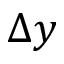
\Delta y